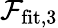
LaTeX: \mathcal{F}_{\mathrm{fit},3}